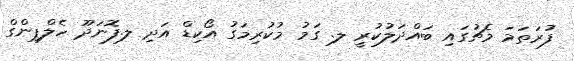
ފުރަތަމަ މެޗުގައި ބައްދަލުކުރީ ލ. ގަމު މުކުރިމަގު އޯކިޑް އަދި ލ.ފޮނަދޫ ހެލްޕިންގް